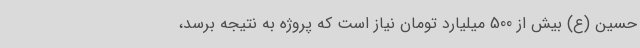
حسین (ع) بیش از 500 میلیارد تومان نیاز است که پروژه به نتیجه برسد،